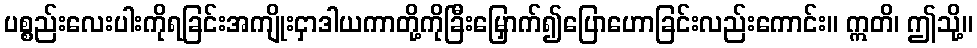
ပစ္စည်းလေးပါးကိုရခြင်းအကျိုးငှာဒါယကာတို့ကိုခြီးမြှောက်၍ပြောဟောခြင်းလည်းကောင်း။ ဣတိ၊ ဤသို့။